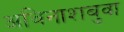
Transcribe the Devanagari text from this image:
अविनाशबुवा